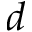
d